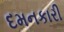
દમનકારી